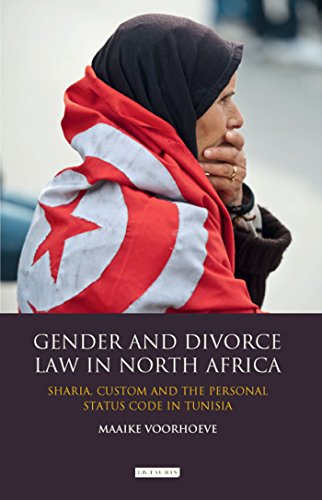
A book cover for Gender and Divorce Law in North Africa: Sharia, Custom and the Personal Status Code in Tunisia (Library of Modern Middle East Studies); Maaike Voorhoeve; Law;